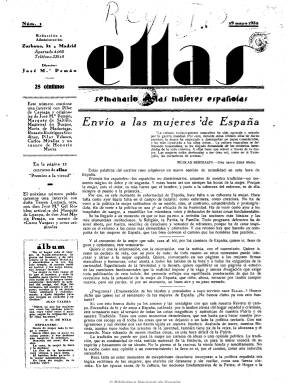
Título: Ellas (Madrid. 1932)
Colección: Revistas femeninas
Ámbito geográfico: Madrid
Lugar de publicación: Madrid
Fechas: 29/05/1932-30/12/1934

Publicación con el subtítulo “semanario de las mujeres españolas” que pretende ser el de “todas las mujeres cristianas y patriotas”, de extrema derecha, monárquico y con un marcado ánimo propagandista y de movilización contra los partidos republicanos tras reconocer la Constitución de 1931 su derecho al sufragio universal por vez primera en España. Aunque sus páginas acogen contenidos propios de los magazines, de moda, decoración y cocina, su naturaleza es eminentemente doctrinaria y política.

En sus primeros números aparece en la cabecera José María Pemán (1897-1981) como director, quien en el artículo de presentación del semanario, señala que aparece en un “momento trágico” de la historia de España, bajo el signo de la tradición, la religión, la patria y la familia. Su carácter antifeminista también lo advierte el escritor, al señalar que “la mujer española ni se ha esforzado ni ha luchado por el voto”, sino que “se lo ha encontrado”.

También incluye entrevistas, biografías, reportajes y artículos sobre teatro, cine, consumo, deportes, religión, con una sección dedicada exclusivamente a la apologética, cuentos y poemas. Su primera página siempre está dedicada al artículo doctrinal, firmado por Pemán, Víctor Pradera (1873-1936) o el Marqués de Lozoya (1893-1978), y los de política ocupan un gran espacio en la publicación, que hasta las elecciones de noviembre de 1933 es afín a la CEDA. Lanzará diferentes campañas a favor de la amnistía de los presos tras la sanjurjada de agosto de 1932 y contra la enseñanza laica y los maestros de izquierdas, y ejemplo de esta es el artículo que escribe posteriormente el arzobispo de Toledo Isidro Gomá (1869-1940) titulado “La escuela laica es atea, inmoral, antisocial”.

Entre sus redactores y colaboradores estarán los que ya escriben en Acción Española (1931-1937), y además de los ya citados se encuentran Pedro Sainz Rodríguez (1897-1986), Miguel Herrero García (1895-1961), Joaquín Arrarás Iribarren (1898-1975), Aureliano López Becerra (1880-1956), Félix de Llanos y Toriglia, Luis Lucia, Pedro Martín Artiñano, Honorato Maura, Fernando Bertrán, Juan José de Madariaga, Jenaro Xavier Vallejos y Ramiro G. de Dulanto, además del duque de Maura, el conde de Vallellano y el marqués de Saltillo.

Destaca en una publicación dirigida a mujeres la participación y colaboración de Blanca de los Ríos Lampérez (1862-1956); María López Sagredo, dirigente de Defensa Femenina; la ingeniero industrial católico-monárquica Pilar Careaga (1908-1993); Teresa Luzatti, de Juventud Católica Femenina; la redactora y propagandista de Acción Nacional, Pilar Velasco Aranaz, así como María Rosa Urraca Pastor, María de Madariaga, Cristina de Arteaga, la doctora Rosario Rodríguez, Francisca Bohigas, María San José, Clara Frías y Honorata Maura.

Ellas propaga el ideario y las actividades de organizaciones como Acción Católica, Acción Popular, Juventud Católica Femenina de España, la Unión de Damas y Escuelas Católicas, y su difusión fue dirigida a las mujeres de clase alta y acomodada. Asimismo estuvo vinculada a la emisora Radio España.

De 16 páginas, está ilustrada con fotografías y dibujos de María Luisa Pérez Herrero, Rafael Fernández Cuevas y Manuel Pedrós. Sus artífices también utilizaron seudónimos, como El magistral de Burgos, Boy, Gil Bare, Curro Vargas y Oscar. Pemán en sus artículos propagó la política del fascismo italiano y la persecución de los judíos del régimen hitleriano alemán. No sufrió la suspensión tras la intentona golpista de agosto de 1932 y se publicó hasta 1935.